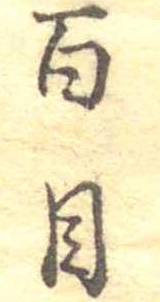
百目